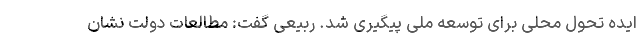
ایده تحول محلی برای توسعه ملی پیگیری شد. ربیعی گفت: مطالعات دولت نشان